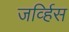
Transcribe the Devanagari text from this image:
जर्व्हिस